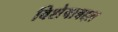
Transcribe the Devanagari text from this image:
विशेषाबद्दल